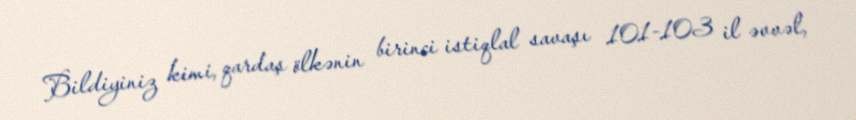
Bildiyiniz kimi, qardaş ölkənin birinci istiqlal savaşı 101-103 il əvvəl,